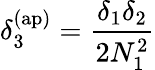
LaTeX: \delta_{3}^{\mathrm{(ap)}}=\frac{\delta_{1}\delta_{2}}{2N_{1}^{2}}